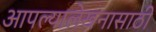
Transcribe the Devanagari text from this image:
आपल्यालेखनासाठी